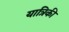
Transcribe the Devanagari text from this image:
यात्रिकी